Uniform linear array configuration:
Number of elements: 64
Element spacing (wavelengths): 1
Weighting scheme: blackman
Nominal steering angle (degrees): -30
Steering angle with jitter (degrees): -28.771
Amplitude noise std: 0.05
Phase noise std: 0.05

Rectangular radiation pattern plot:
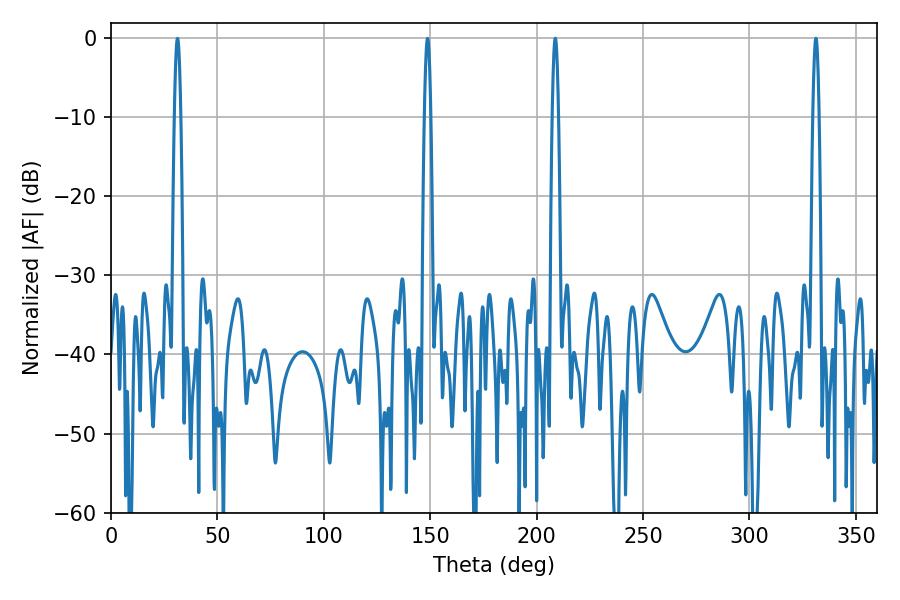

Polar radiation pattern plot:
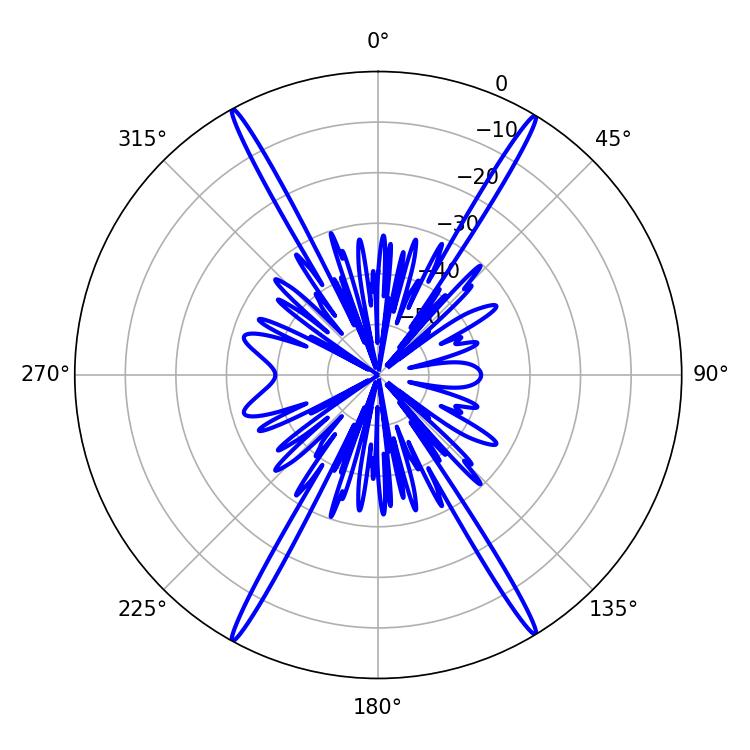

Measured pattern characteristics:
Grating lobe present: TRUE
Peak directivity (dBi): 28.183
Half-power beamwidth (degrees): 1.44
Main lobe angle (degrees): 208.8